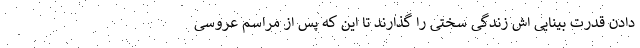
دادن قدرت بینایی اش زندگی سختی را گذارند تا این که پس از مراسم عروسی